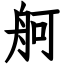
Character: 舸